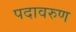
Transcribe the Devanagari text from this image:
पदावरुण